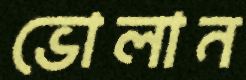
ভোলান